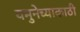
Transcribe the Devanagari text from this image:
यमुनेच्याकाठी